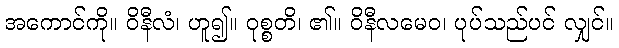
အကောင်ကို။ ဝိနီလံ၊ ဟူ၍။ ဝုစ္စတိ၊ ၏။ ဝိနီလမေဝ၊ ပုပ်သည်ပင် လျှင်။